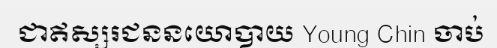
ជាឥស្សរជននយោបាយ Young Chin ចាប់